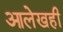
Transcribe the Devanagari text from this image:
आलेखही